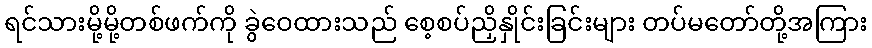
ရင်သားမို့မို့တစ်ဖက်ကို ခွဲဝေထားသည် စေ့စပ်ညှိနှိုင်းခြင်းများ တပ်မတော်တို့အကြား